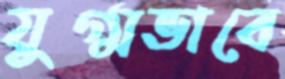
যুগ্মভাবে